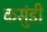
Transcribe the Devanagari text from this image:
कसुंडी